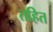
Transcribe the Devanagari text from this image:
तहित